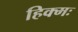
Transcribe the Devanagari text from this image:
हिक्मः